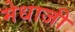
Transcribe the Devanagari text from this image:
मेधाजी